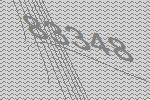
83348